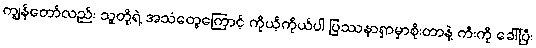
ကျွန်တော်လည်း သူတို့ရဲ့ အသံတွေကြောင့် ကိုယ့်ကိုယ်ပါ ပြဿနာရှာမှာစိုးတာနဲ့ ကီးကို ခေါ်ပြီး